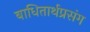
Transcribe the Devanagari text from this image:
बाधितार्थप्रसंग